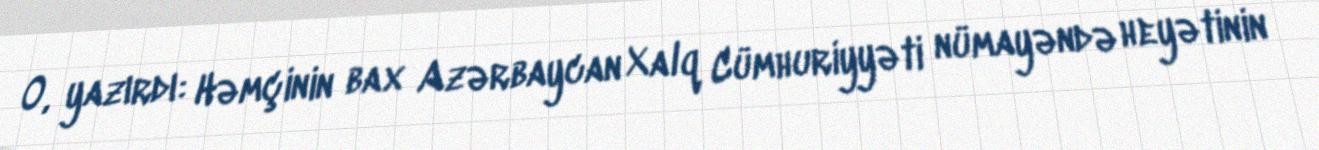
O, yazırdı: Həmçinin bax Azərbaycan Xalq Cümhuriyyəti nümayəndə heyətinin